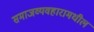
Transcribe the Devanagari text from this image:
समाजव्यवहारामधील